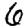
Digit: 6